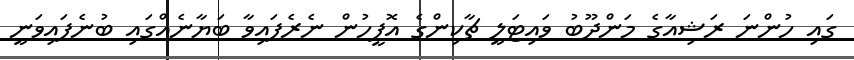
ގައި ހުންނަ ރަޝިއާގެ މަންދޫބު ވައިޓަލީ ޗާކިންގެ އޮފީހުން ނެރެފައިވާ ބަޔާނެއްގައި ބުނެފައިވަނީ